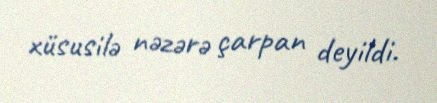
xüsusilə nəzərə çarpan deyildi.